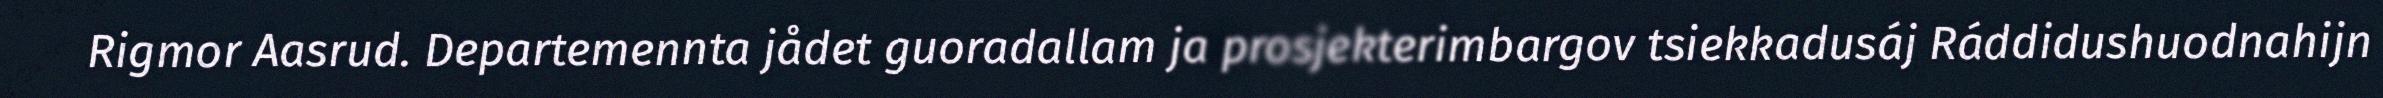
Rigmor Aasrud. Departemennta jådet guoradallam ja prosjekterimbargov tsiekkadusáj Ráddidushuodnahijn